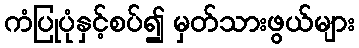
ကံပြုပုံနှင့်စပ်၍ မှတ်သားဖွယ်များ